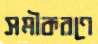
সমীকরণে